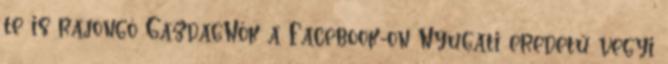
te is rajongó GazdagNők a Facebook-on Nyugati eredetű vegyi